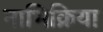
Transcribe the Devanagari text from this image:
नाभिक्रिया